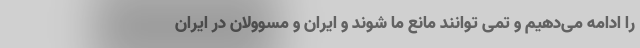
را ادامه می‌دهیم و تمی توانند مانع ما شوند و ایران و مسوولان در ایران